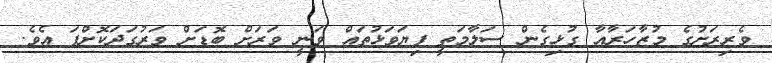
ވެރިރަށުގެ މުޒާހަރާއާ ގުޅިގެން ސަލާމަތީ ފިޔަވަޅުތައް ވަނީ ވަރަށް ބޮޑަށް ވަރުގަދަކޮށްފަ އެވެ.